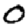
Digit: 0